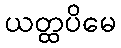
ယတ္ထပိမေ